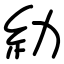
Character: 糼